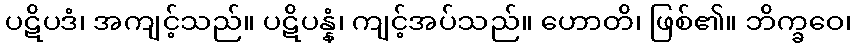
ပဋိပဒံ၊ အကျင့်သည်။ ပဋိပန္နံ၊ ကျင့်အပ်သည်။ ဟောတိ၊ ဖြစ်၏။ ဘိက္ခဝေ၊